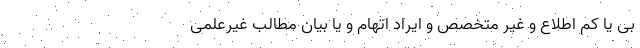
بی یا کم اطلاع و غیر متخصص و ایراد اتهام و یا بیان مطالب غیرعلمی